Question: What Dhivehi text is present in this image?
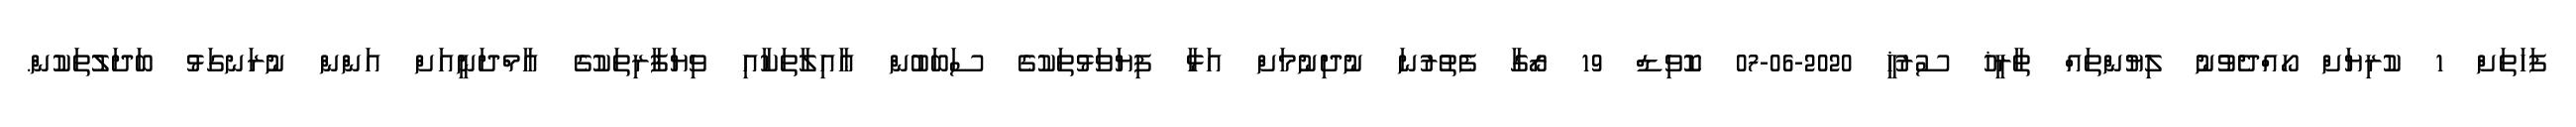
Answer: ފަހަތަށް 1 ކުރިޔަށް ހޯއްދެވުނު ލިޔުންތައް ތާރީޚު ސުރުޚީ 2020-06-07 ކޮވިޑް 19 ރޯގާ ފެތުރުނަ ނުދިނުމަށް އަޅާ ފިޔަވަޅުތަކުގެ ސަބަބުން ޢާއިލާތަކާއި ވިޔަފާރިތަކުގެ އާމްދަނީއަށް އަންން ނުރަނގަޅު ބަދަލުތަކުން.